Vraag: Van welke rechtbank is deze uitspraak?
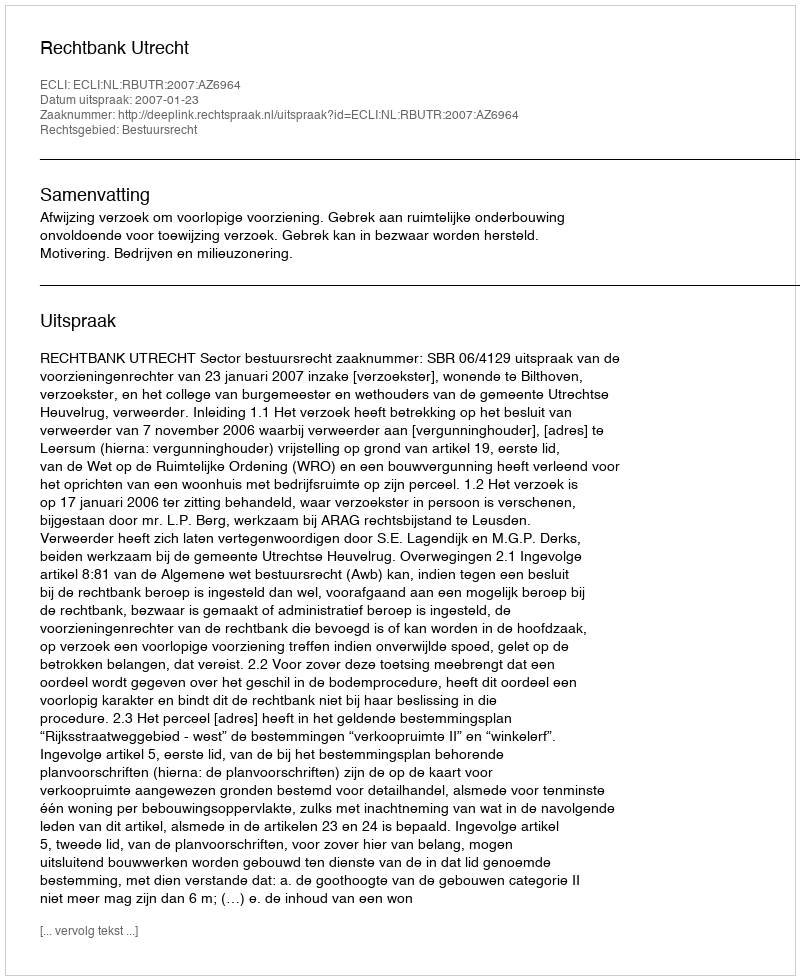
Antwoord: Rechtbank Utrecht